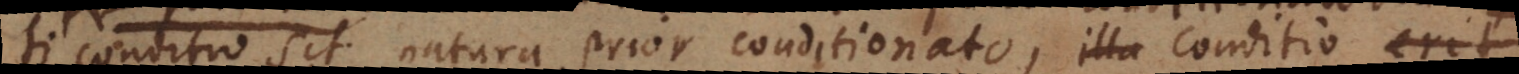
Si conditio sit natura prior conditionato, illa conditio erit